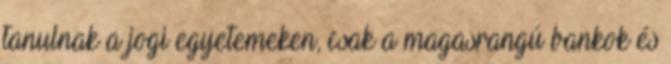
tanulnak a jogi egyetemeken, csak a magasrangú bankok és